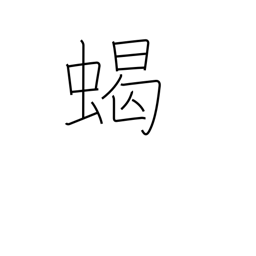
Meaning: scorpion